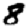
Digit: 8